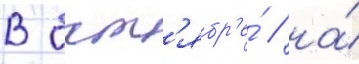
В окт'ябр'е́ / на́